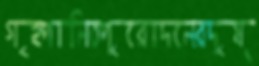
গৃহপালিতপুরোদলেরদুষ্